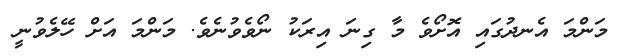
މަންމަ އެނދުގައި އޮށޯވެ މާ ގިނަ އިރަކު ނޯވެވުނެވެ. މަންމަ އަށް ހޭލެވުނީ